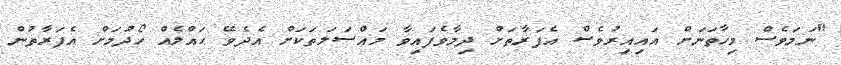
"ނަމަވެސް މިހާތަނަށް އައިއިރުވެސް އެފަރާތަށް ދިމާވެފައިވާ މައްސަލަތަކަށް އެދެވޭ ޙައްލެއް ހޯދުމަށް އެފަރާތުން